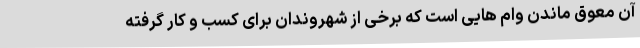
آن معوق ماندن وام هایی است که برخی از شهروندان برای کسب و کار گرفته